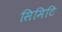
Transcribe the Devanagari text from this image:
सिमिटि